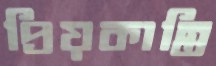
প্রিয়কান্তি